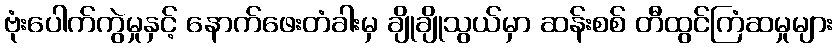
ဗုံးပေါက်ကွဲမှုနှင့် နောက်ဖေးတံခါးမှ ချိုချိုသွယ်မှာ ဆန်းစစ် တီထွင်ကြံဆမှုများ